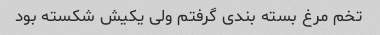
تخم مرغ بسته بندی گرفتم ولی یکیش شکسته بود